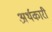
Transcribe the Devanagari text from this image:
अर्थकारी